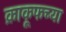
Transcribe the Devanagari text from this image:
क्राकूफच्या